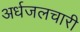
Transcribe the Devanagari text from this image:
अर्धजलचारी